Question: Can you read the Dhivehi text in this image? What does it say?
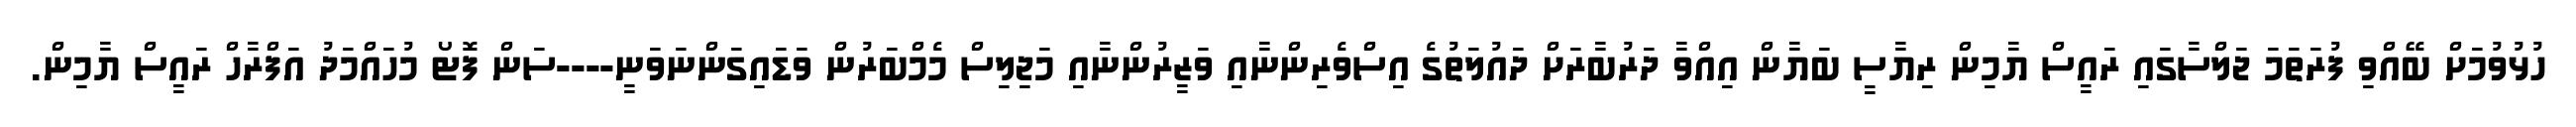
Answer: ހުޅުވުމަށް ބޭއްވި ފުރަތަމަ ޖަލްސާގައި ރައީސް ޔާމިން ރިޔާސީ ބަޔާން އިއްވާ ދަރުބާރަށް ދައުލަތުގެ އިސްވެރިންނާއި ވަޒީރުންނާއި މަޖިލިސް މެމްބަރުން ވަޑައިގަންނަވަނީ----ސަން ފޮޓޯ މުހައްމަދު އަފްރާހް ރައީސް ޔާމިން.